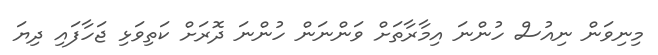
މިނިވަން ނިއުސް ހުންނަ އިމާރާތަށް ވަންނަން ހުންނަ ދޮރަށް ކަތިވަޅި ޖަހާފައި ދިޔަ